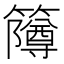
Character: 𫂫